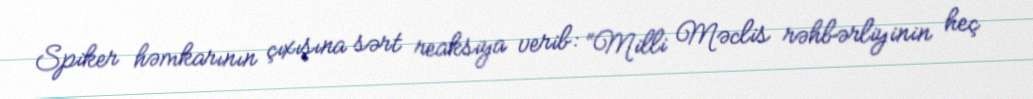
Spiker həmkarının çıxışına sərt reaksiya verib: “Milli Məclis rəhbərliyinin heç